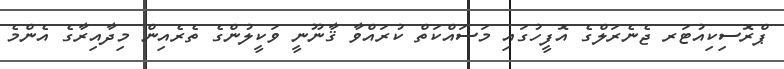
ޕްރޮސިކިއުޓަރ ޖެނެރަލްގެ އޮފީހުގައި މަސައްކަތް ކުރައްވާ ޤާނޫނީ ވަކީލުންގެ ތެރެއިން މިދާއިރާގެ އެންމެ